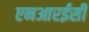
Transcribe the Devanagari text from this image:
एनआरईसी